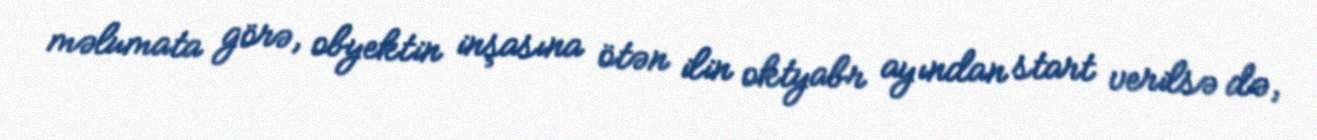
məlumata görə, obyektin inşasına ötən ilin oktyabr ayından start verilsə də,